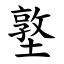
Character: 墪